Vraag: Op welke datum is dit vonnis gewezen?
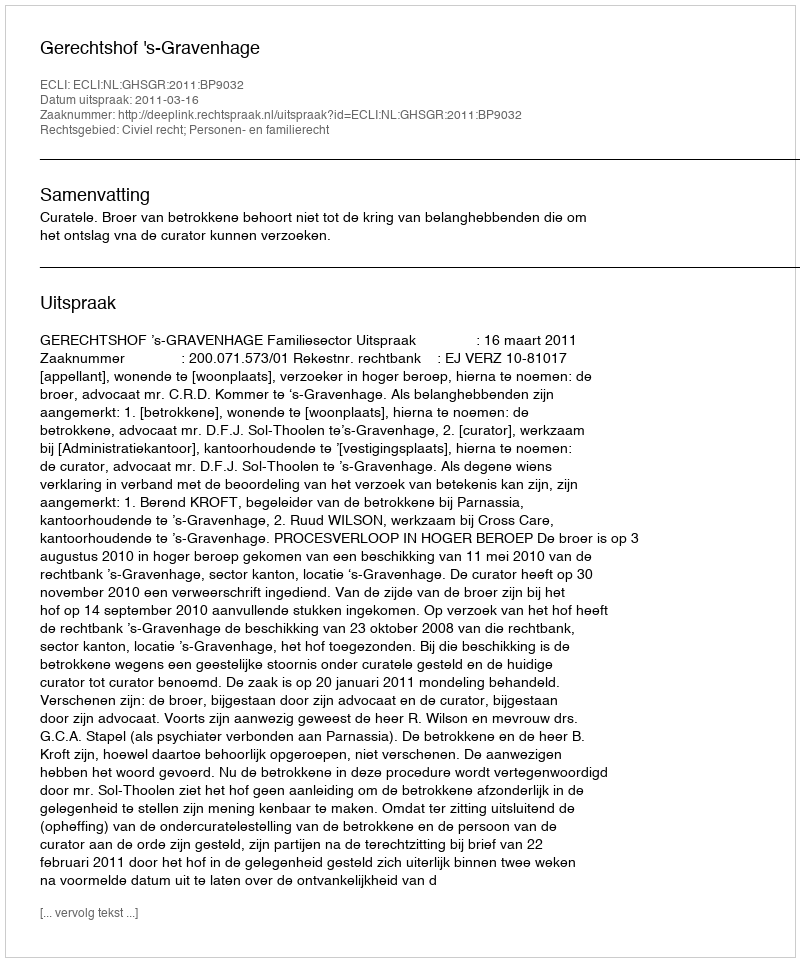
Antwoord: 2011-03-16